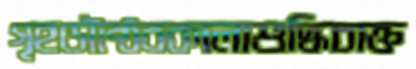
গৃহসৌষ্ঠবকালাশুদ্ধিচাক্ত